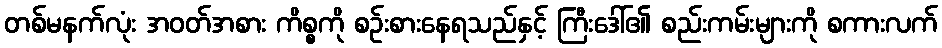
တစ်မနက်လုံး အဝတ်အစား ကိစ္စကို စဉ်းစားနေရသည်နှင့် ကြီးဒေါ်၏ စည်းကမ်းများကို စကားလက်